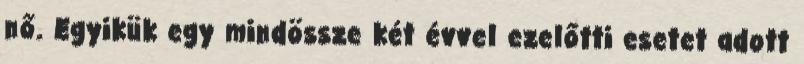
nő. Egyikük egy mindössze két évvel ezelőtti esetet adott